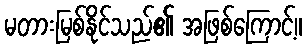
မတားမြစ်နိုင်သည်၏ အဖြစ်ကြောင့်။